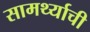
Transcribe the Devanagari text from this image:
सामर्थ्याची